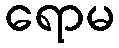
ရောမ